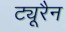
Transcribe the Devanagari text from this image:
ट्यूरैन